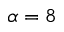
\alpha = 8